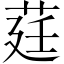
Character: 莛